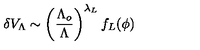
\delta V _ { \Lambda } \sim \left( \frac { \Lambda _ { o } } { \Lambda } \right) ^ { \lambda _ { L } } f _ { L } ( \phi )